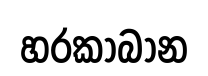
හරකාබාන